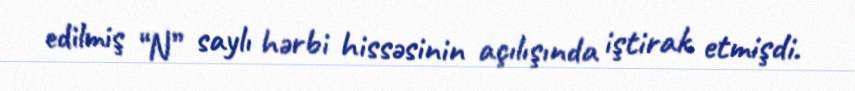
edilmiş “N” saylı hərbi hissəsinin açılışında iştirak etmişdi.